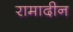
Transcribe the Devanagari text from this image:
रामादीन